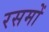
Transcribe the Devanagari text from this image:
रसमों